Indian journal of veterinary science and animal husbandry - Volume 13,
Year: 1943
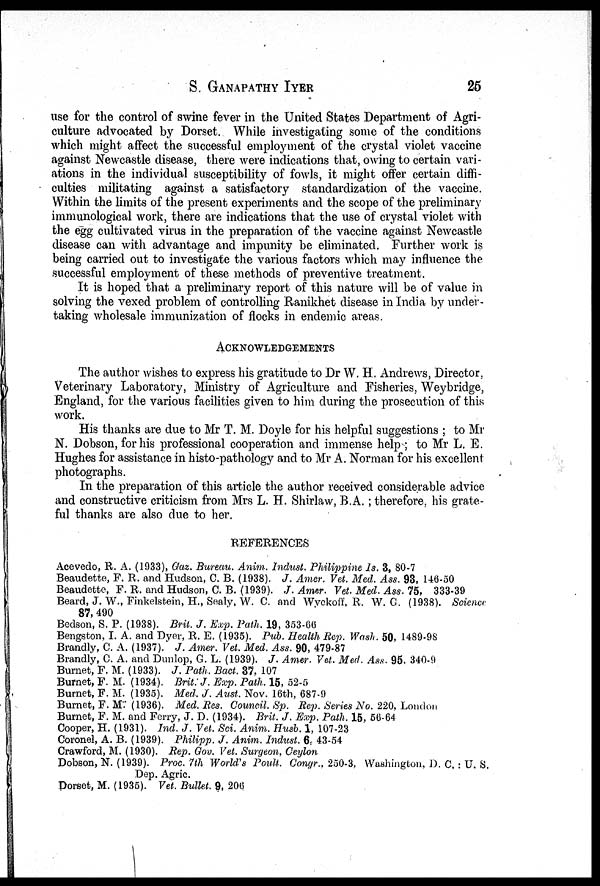
S. GANAPATHY IYER 25
use for the control of swine fever in the United States Department of Agri-
culture advocated by Dorset. While investigating some of the conditions
which might affect the successful employment of the crystal violet vaccine
against Newcastle disease, there were indications that, owing to certain vari-
ations in the individual susceptibility of fowls, it might offer certain diffi-
culties militating against a satisfactory standardization of the vaccine.
Within the limits of the present experiments and the scope of the preliminary
immunological work, there are indications that the use of crystal violet with
the egg cultivated virus in the preparation of the vaccine against Newcastle
disease can with advantage and impunity be eliminated. Further work is
being carried out to investigate the various factors which may influence the
successful employment of these methods of preventive treatment.
It is hoped that a preliminary report of this nature will be of value in
solving the vexed problem of controlling Ranikhet disease in India by under-
taking wholesale immunization of flocks in endemic areas.
ACKNOWLEDGEMENTS
The author wishes to express his gratitude to Dr W. H. Andrews, Director,
Veterinary Laboratory, Ministry of Agriculture and Fisheries, Weybridge,
England, for the various facilities given to him during the prosecution of this
work.
His thanks are due to Mr T. M. Doyle for his helpful suggestions ; to Mr
N. Dobson, for his professional cooperation and immense help ; to Mr L. E.
Hughes for assistance in histo-pathology and to Mr A. Norman for his excellent
photographs.
In the preparation of this article the author received considerable advice
and constructive criticism from Mrs L. H. Shirlaw, B.A.; therefore, his grate-
ful thanks are also due to her.
REFERENCES
Acevedo, R. A. (1933), Gaz. Bureau. Anim. Indust. Philippine Is. 3, 80-7
Beaudette, F. R. and Hudson, C. B. (1938). J. Amer. Vet. Med. Ass. 93, 146-50
Beaudette, F.R. and Hudson, C. B. (1939). J. Amer. Vet. Med. Ass. 75, 333-39
Beard, J. W., Finkelstein, H., Sealy, W. C. and Wyckoff, R. W.G. (1938). Science
87, 490
Bedson, S. P. (1938). Brit. J. Exp. Path. 19, 353-66
Bengston, I. A. and Dyer, R. E. (1935). Pub. Health Rep. Wash. 50, 1489-98
Brandly, C. A. (1937). J. Amer. Vet. Med. Ass. 90, 479-87
Brandly, C. A. and Dunlop, G. L. (1939). J. Amer. Vet. Med. Ass. 95. 340-9
Burnet, F. M. (1933). J. Path. Bact. 37,107
Burnet, F. M. (1934). Brit. J. Exp. Path. 15, 52-5
Burnet, F. M. (1935). Med. J. Aust. Nov. 16th, 687-9
Burnet, F. M. (1936). Med. Res. Council. Sp. Rep. Series No. 220, London
Burnet, F. M. and Ferry, J. D. (1934). Brit. J. Exp. Path. 15, 56-64
Cooper, H. (1931). Ind. J. Vet. Sci. Anim. Husb. 1, 107-23
Coronel, A. B. (1939). Philipp. J. Anim. Indust. 6, 43-54
Crawford, M. (1930). Rep. Gov. Vet. Surgeon, Ceylon
Dobson, N. (1939). Proc. 7th World's Poult. Congr., 250-3, Washington, D. C. : U. S.
Dep. Agric.
Dorset, M. (1935). Vet. Bullet. 9, 206